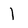
Character: 1